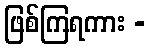
ဖြစ်ကြရကား -